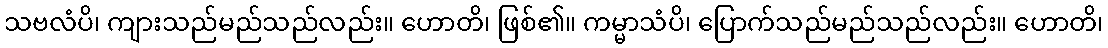
သဗလံပိ၊ ကျားသည်မည်သည်လည်း။ ဟောတိ၊ ဖြစ်၏။ ကမ္မာသံပိ၊ ပြောက်သည်မည်သည်လည်း။ ဟောတိ၊